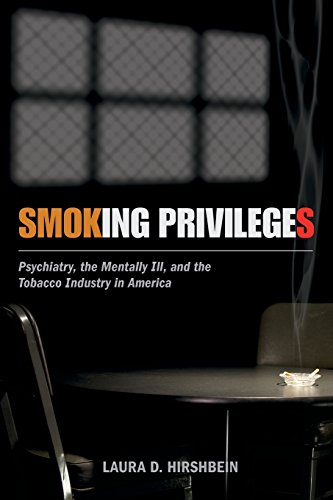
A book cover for Smoking Privileges: Psychiatry, the Mentally Ill, and the Tobacco Industry in America (Critical Issues in Health and Medicine); Laura D. Hirshbein; Health, Fitness & Dieting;